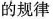
的规律